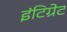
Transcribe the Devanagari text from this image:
इंटिग्रेट